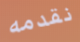
نقدمه